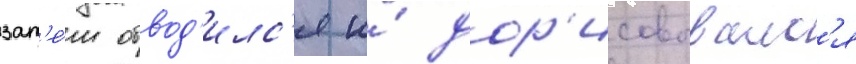
зат'е́м обвод'илс'я и́ дор'исовывалс'я